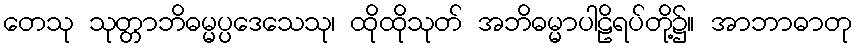
တေသု သုတ္တာဘိဓမ္မပ္ပဒေသေသု၊ ထိုထိုသုတ် အဘိဓမ္မာပါဠိရပ်တို့၌။ အာဘာဓာတု